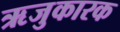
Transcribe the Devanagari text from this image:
ऋजुकारक